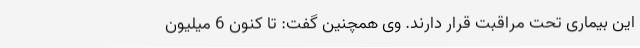
این بیماری تحت مراقبت قرار دارند. وی همچنین گفت: تا کنون 6 میلیون